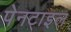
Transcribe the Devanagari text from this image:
पेनटाइल